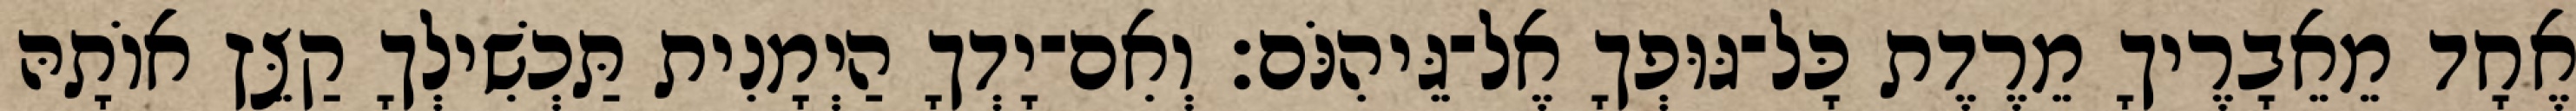
אֶחָד מֵאֵבָרֶיךָ מֵרֶדֶת כָּל־גּוּפְךָ אֶל־גֵּיהִנֹּם׃ וְאִם־יָדְךָ הַיְמָנִית תַּכְשִׁילְךָ קַצֵּץ אוֹתָהּ